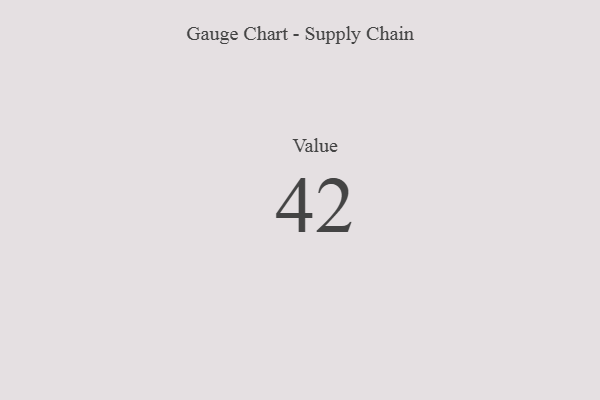
{"axis": {"x": "Metric", "y": "Value"}, "legend": [""], "data": [{"x": "Value", "y": 42, "type": ""}]}